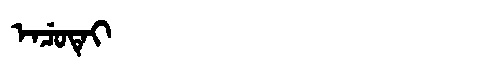
Manchu: ᡝᠨᠴᡠᡨᡝᡳ
Romanization: ENCUTEI